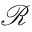
\mathcal { R }